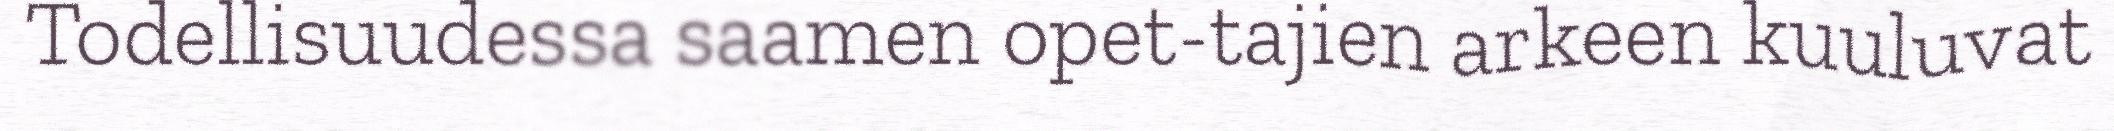
Todellisuudessa saamen opet-tajien arkeen kuuluvat